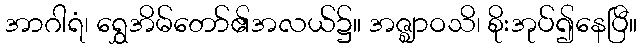
အာဂါရံ၊ ရွှေအိမ်တော်၏အလယ်၌။ အဇ္ဈာဝသိ၊ စိုးအုပ်၍နေပြီ။